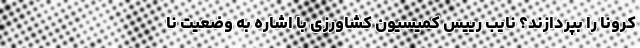
کرونا را بپردازند؟ نایب رییس کمیسیون کشاورزی با اشاره به وضعیت نا